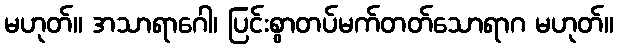
မဟုတ်။ အသာရာဂေါ၊ ပြင်းစွာတပ်မက်တတ်သောရာဂ မဟုတ်။